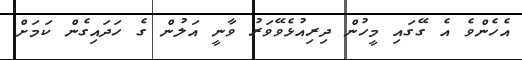
އެހެންވެ އެ ގޭގައި މީހުން ދިރިއުޅެވޭވަރު ވާނީ އަލުން ގެ ހަދައިގެން ކަމަށް